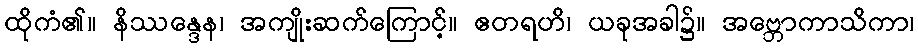
ထိုကံ၏။ နိဿန္ဒေန၊ အကျိုးဆက်ကြောင့်။ ဧတရဟိ၊ ယခုအခါ၌။ အဗ္ဘောကာသိကာ၊